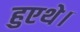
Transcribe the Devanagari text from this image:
हुएथे।